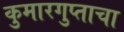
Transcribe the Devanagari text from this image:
कुमारगुप्ताचा